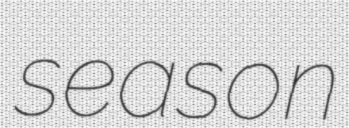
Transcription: season